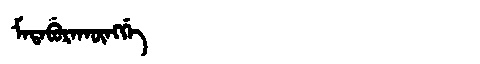
Manchu: ᠮᠠᡨᠠᠪᡠᡵᠠᡴᡡᠩᡤᡝ
Romanization: MATABURAKŪNGGE